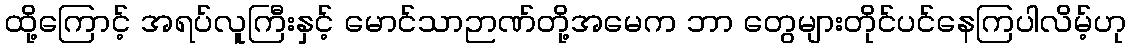
ထို့ကြောင့် အရပ်လူကြီးနှင့် မောင်သာဉာဏ်တို့အမေက ဘာ တွေများတိုင်ပင်နေကြပါလိမ့်ဟု